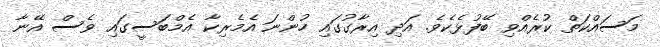
މަސައްކަތް ކުރެއްވި ބޭފުޅެކެވެ. އަދި އިރާގުގައި ހުންނަ އެމެރިކާ އެމްބަސީގައި ވެސް އޭނާ